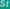
St